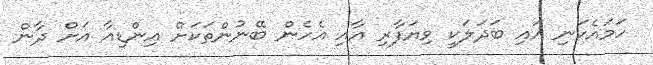
ހަމައެކަނި އައި ބަދަލަކީ ވިޔަފާރި އާއި އެހެން ބޭނުންތަކަށް އިންޑިއާ އަށް ދާން